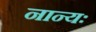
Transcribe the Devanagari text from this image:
नान्यः